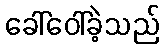
ခေါ်ဝေါ်ခဲ့သည်